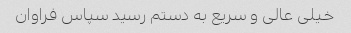
خیلی عالی و سریع به دستم رسید سپاس فراوان